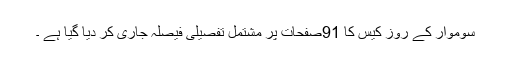
سوموار کے روز کیس کا 91صفحات پر مشتمل تفصیلی فیصلہ جاری کر دیا گیا ہے ۔